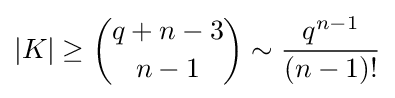
|K|\geq {q+n-3 \choose n-1}\sim {\frac {q^{n-1}}{(n-1)!}}